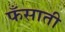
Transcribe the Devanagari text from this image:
फँसाती